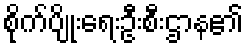
စိုက်ပျိုးရေးဦးစီးဌာန၏